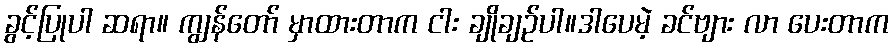
ခွင့်ပြုပါ ဆရာ။ ကျွန်တော် မှာထားတာက ငါး ချိုချဉ်ပါ။ဒါပေမဲ့ ခင်ဗျား လာ ပေးတာက